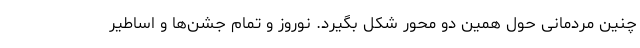
چنین مردمانی حول همین دو محور شکل بگیرد. نوروز و تمام جشن‌ها و اساطیر